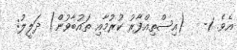
އެވެ. 1-   (އިސްތިޣްފާރު ކުރުމާއި ތައުބާވުން) ދަލީލު: